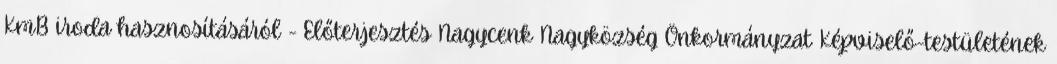
KmB iroda hasznosításáról - Előterjesztés Nagycenk Nagyközség Önkormányzat Képviselő-testületének